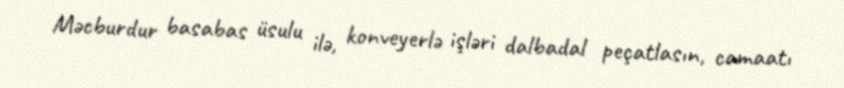
Məcburdur basabas üsulu ilə, konveyerlə işləri dalbadal peçatlasın, camaatı